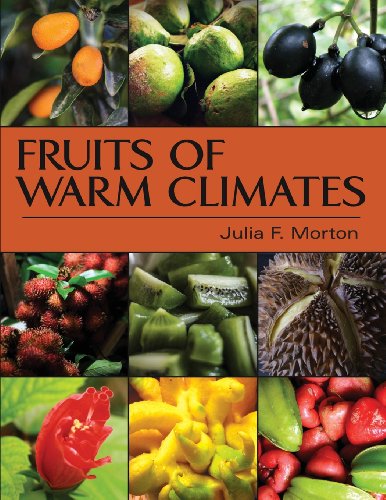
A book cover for Fruits of Warm Climates; Julia F. Morton; Crafts, Hobbies & Home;